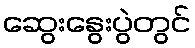
ဆွေးနွေးပွဲတွင်